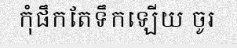
កុំផឹកតែទឹកឡើយ ចូរ